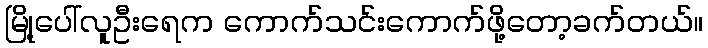
မြို့ပေါ်လူဦးရေက ကောက်သင်းကောက်ဖို့တော့ခက်တယ်။